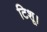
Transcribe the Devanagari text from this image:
टिशू।